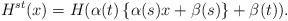
LaTeX: \begin{align*}H^{st}(x)=H(\alpha (t)\left\{ \alpha (s)x+\beta (s)\right\} +\beta (t)).\end{align*}